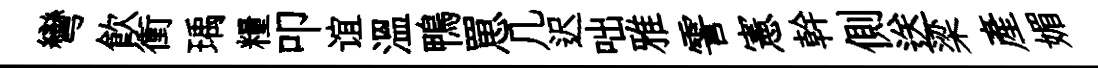
彎飮衝瑀糧叩谊溫鴨罳几迟咄雅霅憲幹側送梁產媚